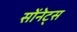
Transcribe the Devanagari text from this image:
सोंनेट्स